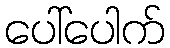
ပေါ်ပေါက်